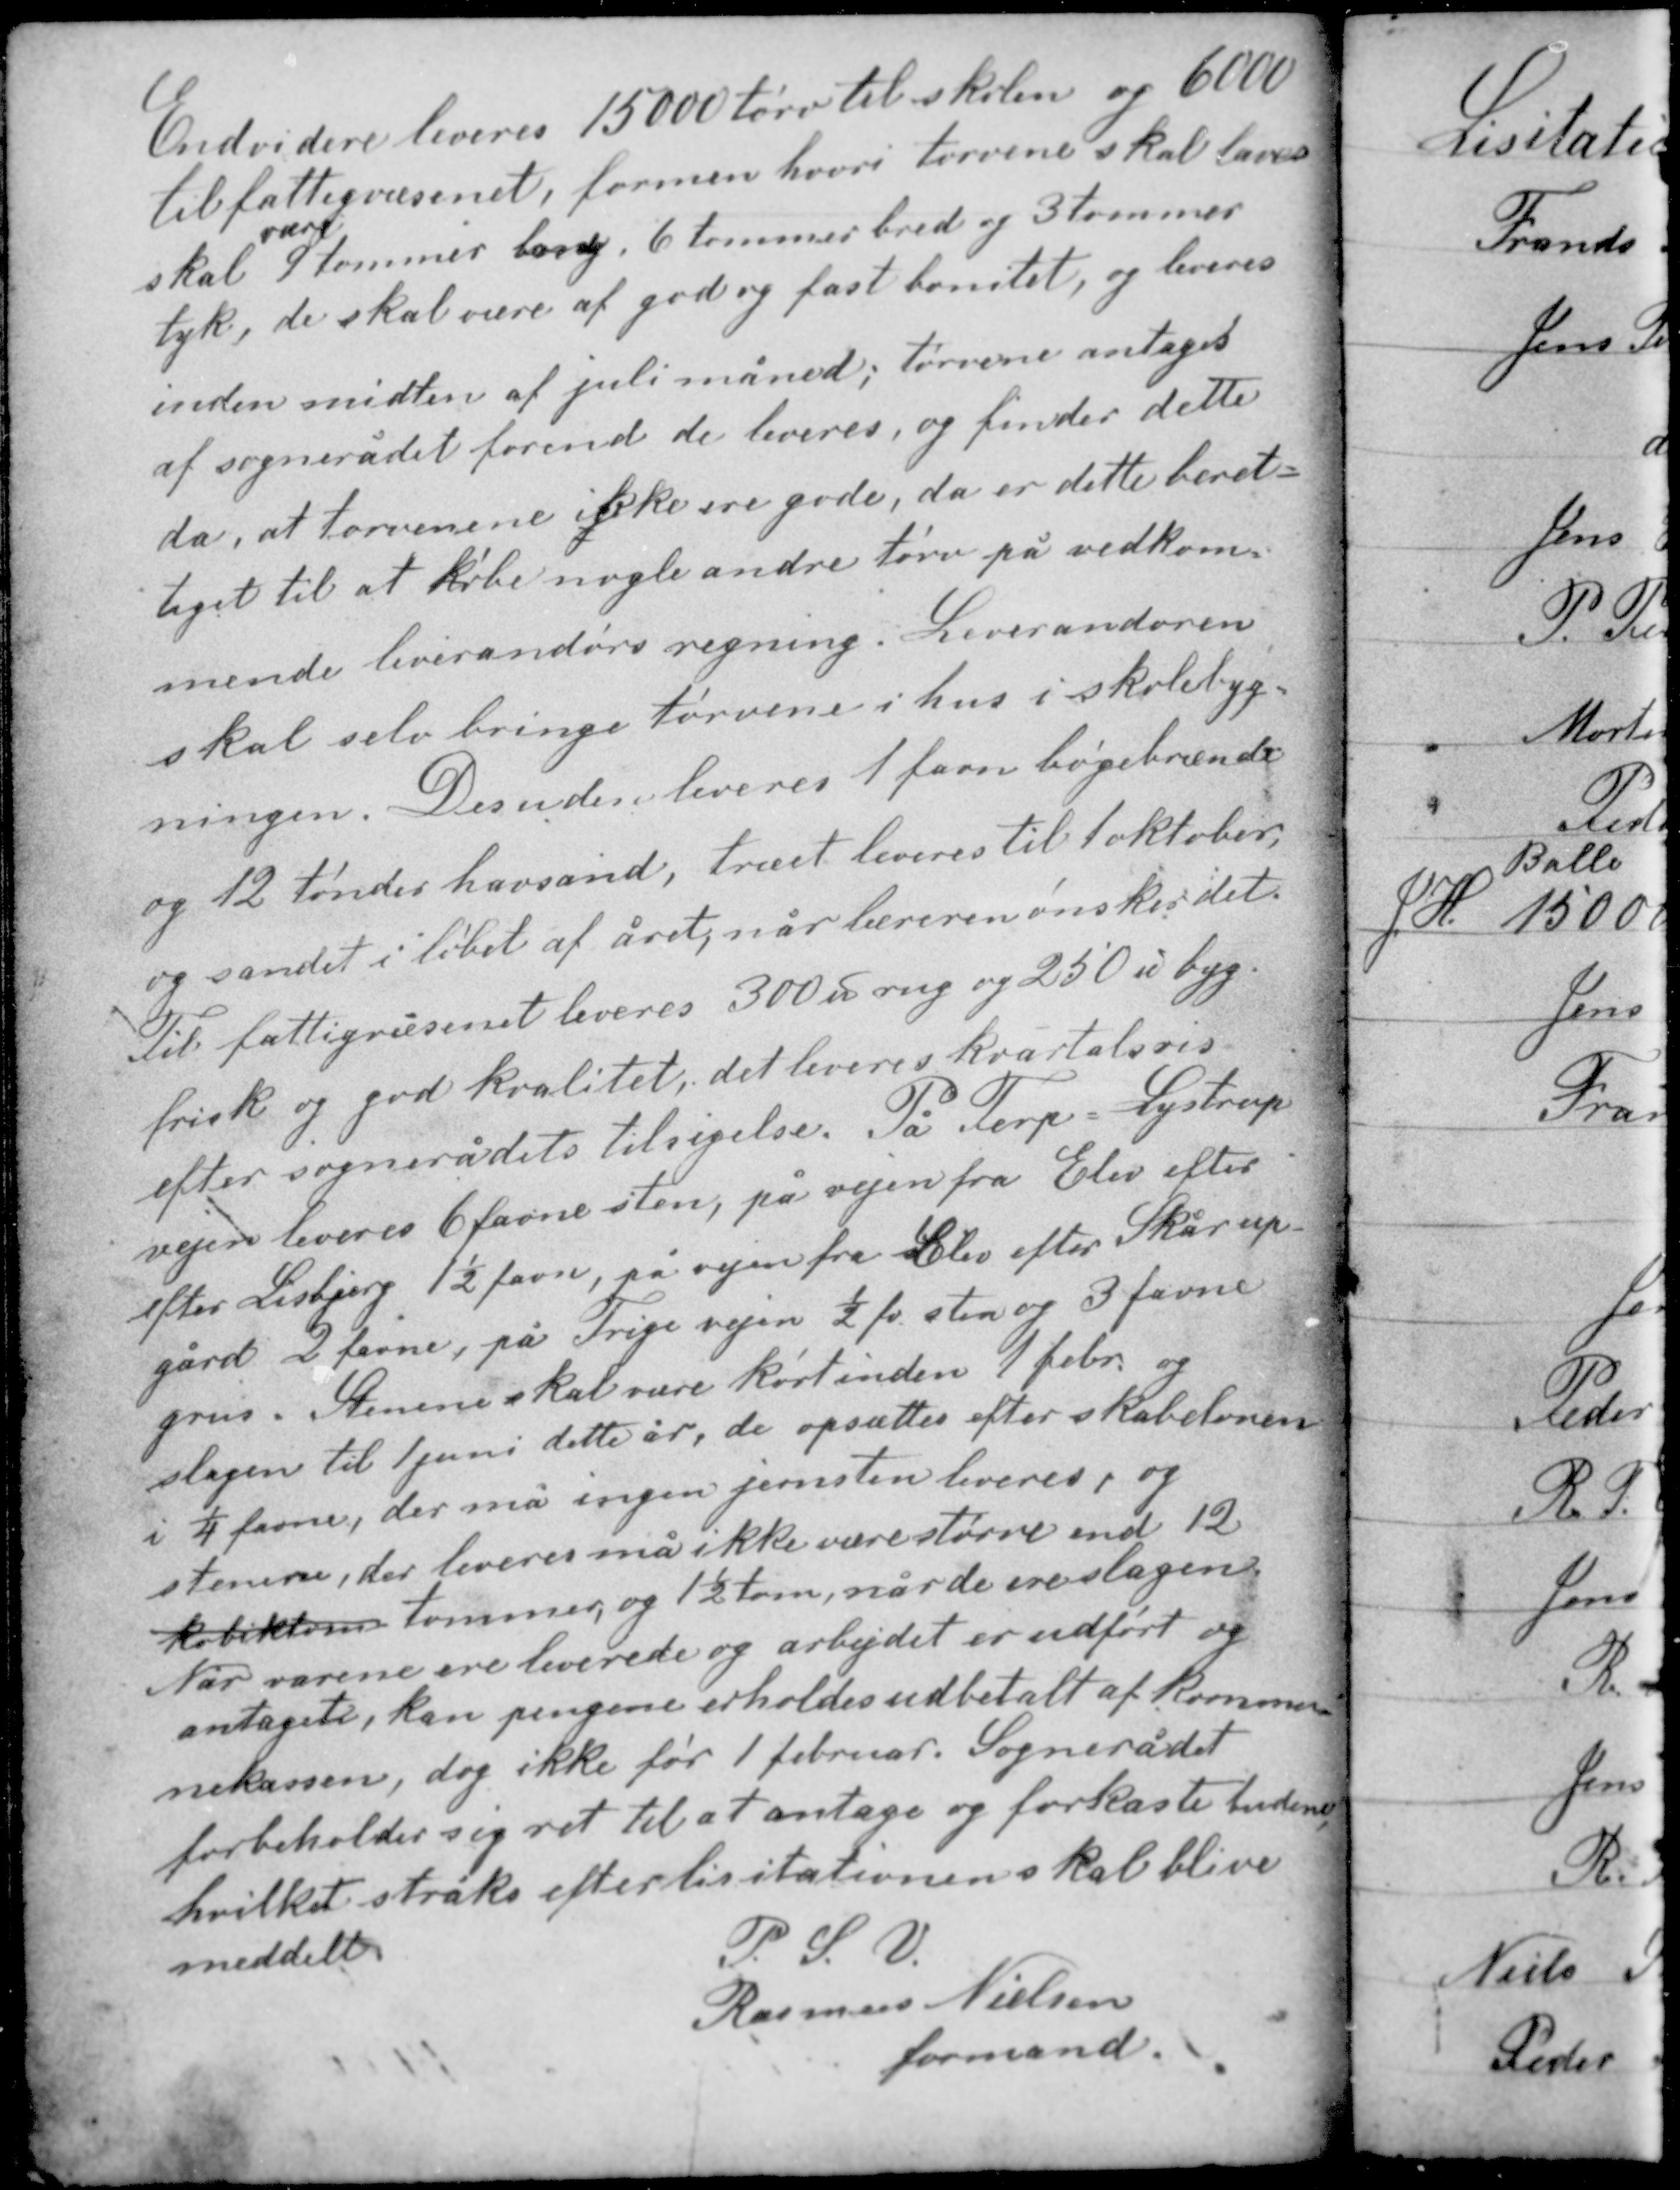
Transskription:
Endvidere leveres 15000 tørv til skolen og 6000
til fattigvæsenet, formen hvori tørvene skal laves
være
skal 9 tommer lang, 6 tommer bred og 3 tommer
tyk, de skal være af god og fast bonitet, og leveres
inden midten af juli måned og tørvene antages
af sognerådet førend de leveres, og finder dette
da, at tørvene ikke ere gode, da er dette beret-
tiget til at købe nogle andre tørv på vedkom-

mende leverandørs regning. Leverandøren
skal selv bringe tørvene i hus i skolebyg-
ningen. Desuden leveres 1 favn bøgegrænde
og 12 tønder havsand, træet leveres til 1 oktober,
og sandet i løbet af året, når læreren ønsker det.
Til fattigvæsenet leveres 300 ℔ rug og 250 ℔ byg

frisk og god kvalitet, det leveres kvartalsvis
efter sognerådets tilsigelse. På Terp - Lystrup
vejen leveres 6 favne sten, på vejen fra Elev efter
efter Lisbjerg 1½ favn, på vejen fra Elev efter Skårup
gård 2 favne, på Trige vejen ½ fv sten og 3 favne
grus. Stenene skal være kørt inden 1 febr. og
slagen til 1 juni dette år, de opsættes efter skabelonen
i 1/4 favne, der må ingen jernsten leveres, og
stenene, der leveres må ikke være større end 12
kubiktom tommer, og 1½ tom, når de ere slagen
Når varene ere leverede og arbejdet er udført og
antaget, kan pengene erholdes udbetalt af kommu-
nekassen, dog ikke før 1 februar. Sognerådet
forbeholder sig ret til at antage og forkaste budene,
hvilket straks efter lisitationen skal blive

P. S. V.
Rasmus Nielsen
formand

meddelt.